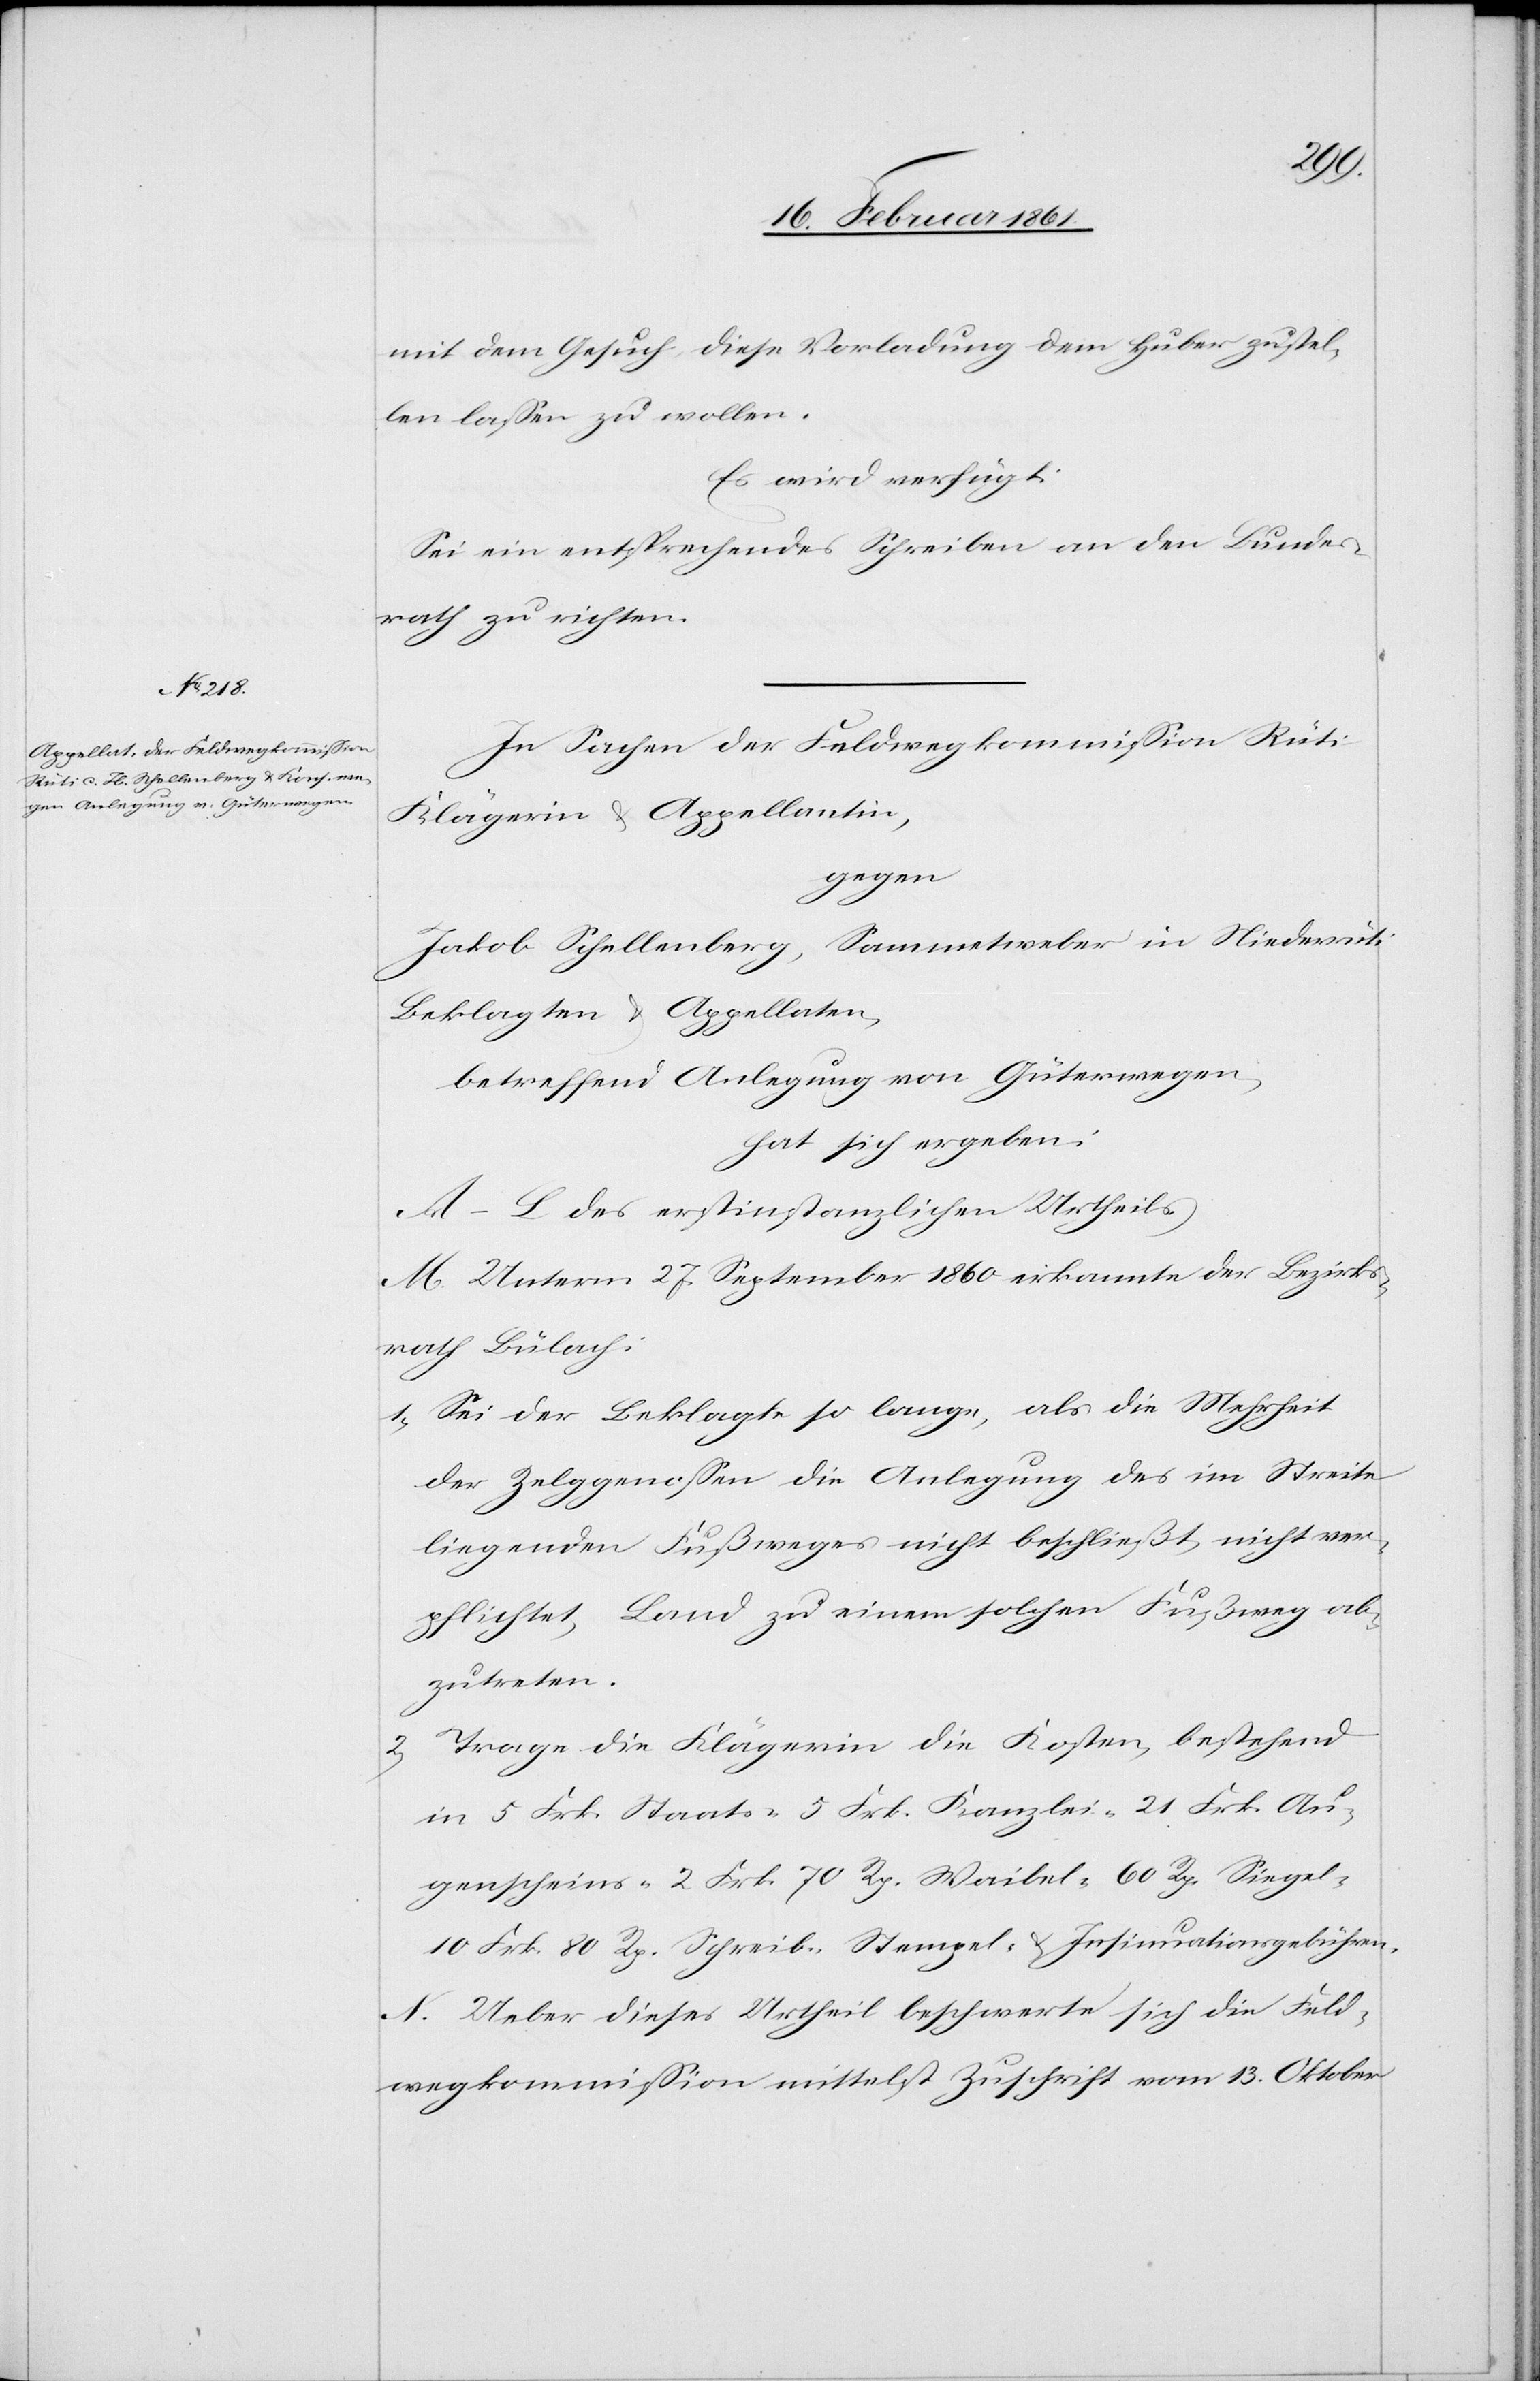
ühren.
mit dem Gesuch diese Vorladung dem Huber zustel¬
len lassen zu wollen.
Es wird verfügt:
Sei ein entsprechendes Schreiben an den Bundes¬
rath zu richten.
In Sachen der Feldwegkommission Rüti
Klägerin u. Appellantin,
gegen
Jakob Schellenberg, Sammetweber in Niederrüti
Beklagten u. Appellaten,
betreffend Anlegung von Güterwegen,
hat sich ergeben:
A–L. des erstinstanzlichen Urtheils.
M. Unterm 27. September 1860 erkannte der Bezirks¬
rath Bülach:
1) Sei der Beklagte so lange, als die Mehrheit
der Zelggenossen die Anlegung des im Streite
liegenden Fußweges nicht beschließt, nicht ver¬
pflichtet, Land zu einem solchen Fußweg ab¬
zutreten.
Trage die Klägerin die Kosten, bestehend
in 5 Frk. Staats-[,] 5 Frk. Kanzlei-[,] 21 Frk. Au¬
genscheins-[,] 2 Frk. 70 Rp. Stempel- u. Insinuationsgeb¬
N. Ueber dieses Urtheil beschwerte sich die Feld¬
wegkommission mittelst Zuschrift vom 13. Oktober